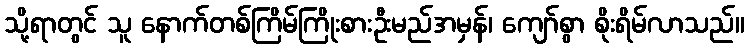
သို့ရာတွင် သူ နောက်တစ်ကြိမ်ကြိုးစားဦးမည်အမှန်၊ ကျော်စွာ စိုးရိမ်လာသည်။